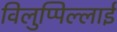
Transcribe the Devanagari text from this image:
विलुप्पिल्लाई